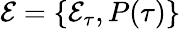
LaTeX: \mathcal{E}=\{ \mathcal{E}_{\tau},P(\tau)\}